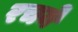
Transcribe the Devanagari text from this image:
रचये